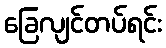
ခြေလျင်တပ်ရင်း